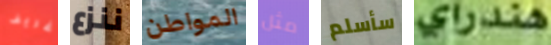
غريف ننزع المواطن مثل سأسلم هندراي